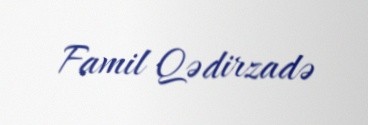
Famil Qədirzadə